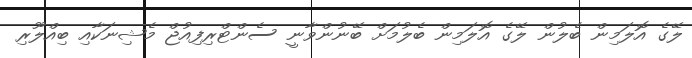
ލޭގެ އޮލަމިން ބެލުން ލޭގެ އޮލަމިން ބެލުމަށް ބޭނުންވާނީ ސެންޓްރިފިއުޖް މެޝިނަކާއި ބިއްލޫރި